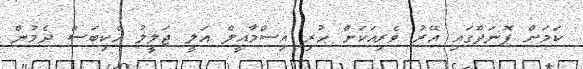
ކަމަށް ފޮނަދޫގައި އޭރު ވެރިއަކަށް ހުރި އިސްމާއީލް އަލީ ޖަލީލު ހެކިބަސް ދެމުން